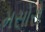
મસોરો